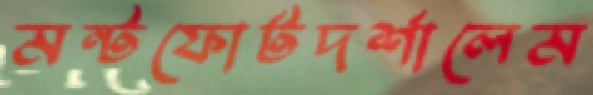
মন্টফোর্টদর্শালেম